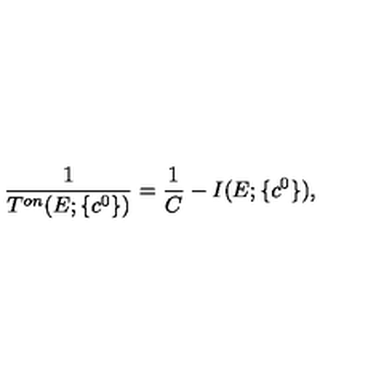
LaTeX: \displaystyle \frac { 1 } { T ^ { o n } ( E ; \{ c ^ { 0 } \} ) } = \displaystyle \frac { 1 } { C } - I ( E ; \{ c ^ { 0 } \} ) ,